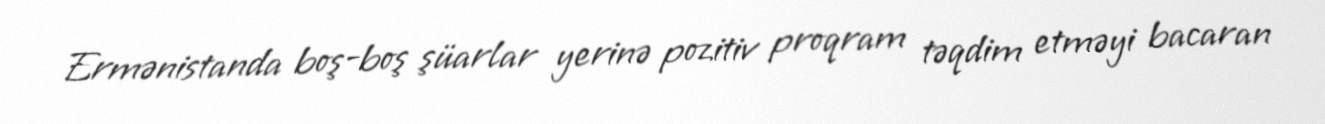
Ermənistanda boş-boş şüarlar yerinə pozitiv proqram təqdim etməyi bacaran